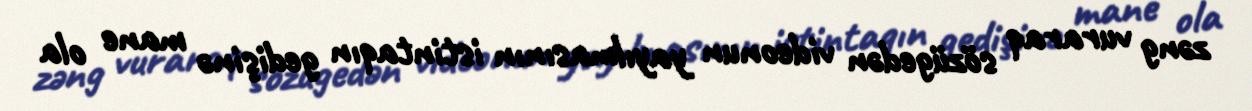
zəng vuraraq sözügedən videonun yayılmasının istintaqın gedişinə mane ola